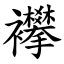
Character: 襻